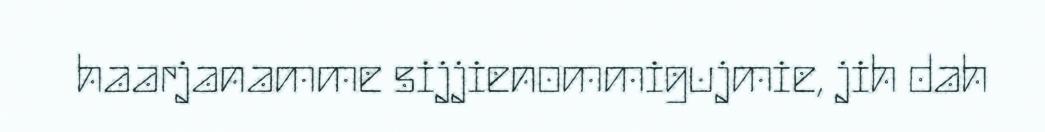
haarjanamme sijjienommigujmie, jih dah